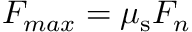
F _ { m a x } = \mu _ { \mathrm { s } } F _ { n }